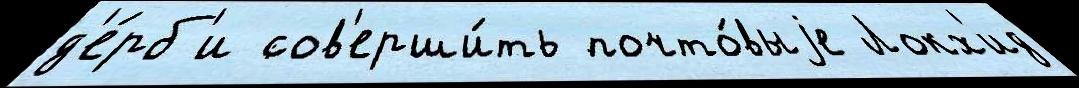
д'е́рб'и сов'ерши́ть почто́выjе Локх'ид